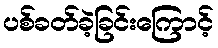
ပစ်ခတ်ခဲ့ခြင်းကြောင့်